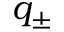
q _ { \pm }